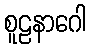
စူဠနာဂေါ